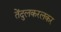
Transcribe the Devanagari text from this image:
तेंदुलकरलकर